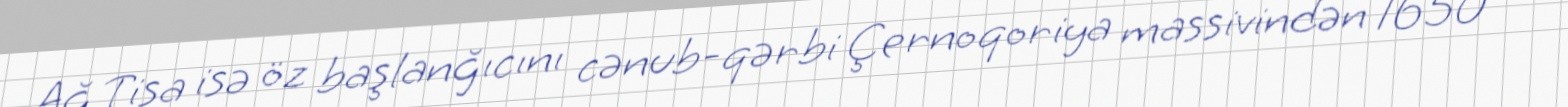
Ağ Tisa isə öz başlanğıcını cənub-qərbi Çernoqoriya massivindən 1650 m